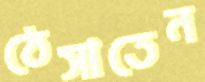
ঠেসাতেন